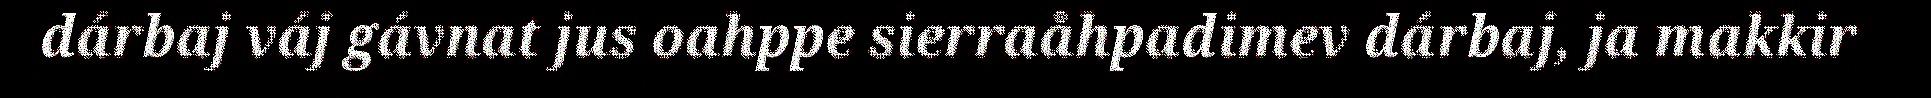
dárbaj váj gávnat jus oahppe sierraåhpadimev dárbaj, ja makkir